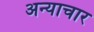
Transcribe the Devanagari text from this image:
अन्याचार